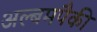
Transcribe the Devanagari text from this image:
अल्बमपैकी